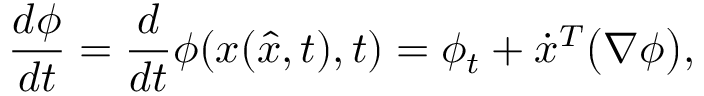
\frac { d \phi } { d t } = \frac { d } { d t } \phi ( x ( \hat { x } , t ) , t ) = \phi _ { t } + \dot { x } ^ { T } \big ( \nabla \phi \big ) ,